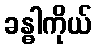
ခန္ဓါကိုယ်